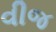
વીજ